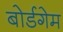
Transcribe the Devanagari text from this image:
बोर्डगेम